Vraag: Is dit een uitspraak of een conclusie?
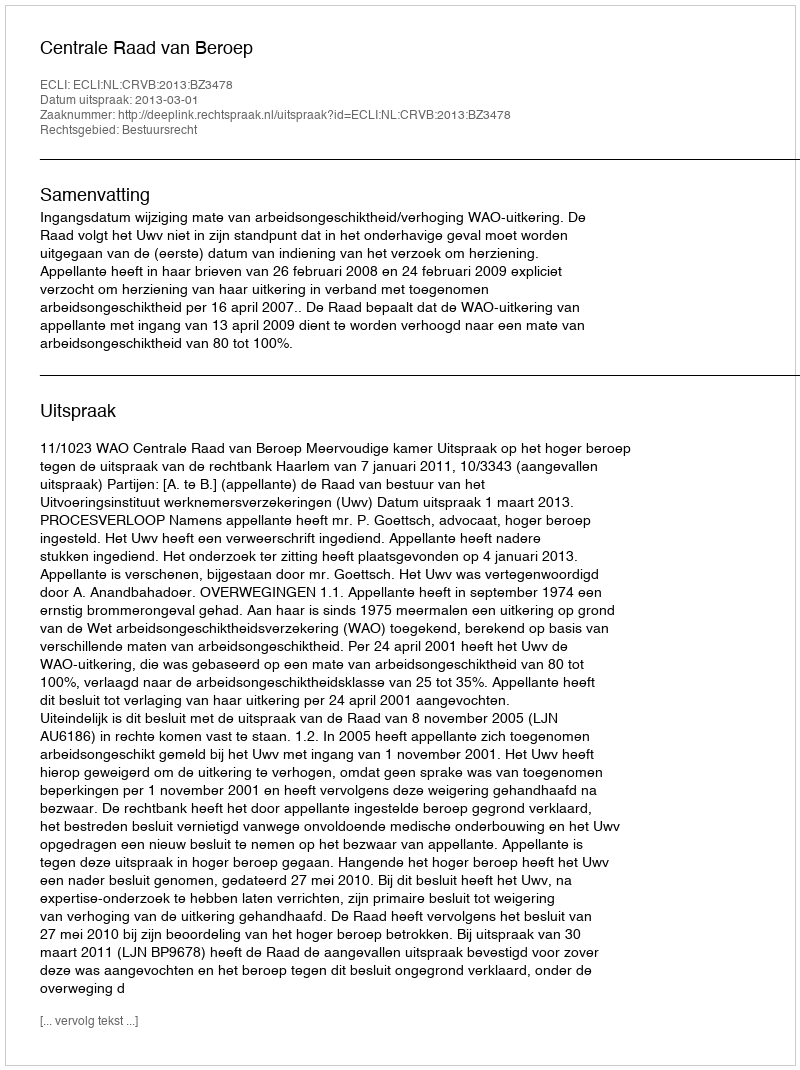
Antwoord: Uitspraak